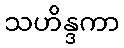
သဟိန္ဒကာ